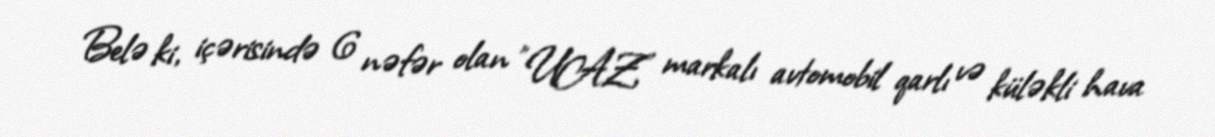
Belə ki, içərisində 6 nəfər olan "UAZ" markalı avtomobil qarlı və küləkli hava